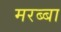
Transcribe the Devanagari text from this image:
मरब्बा